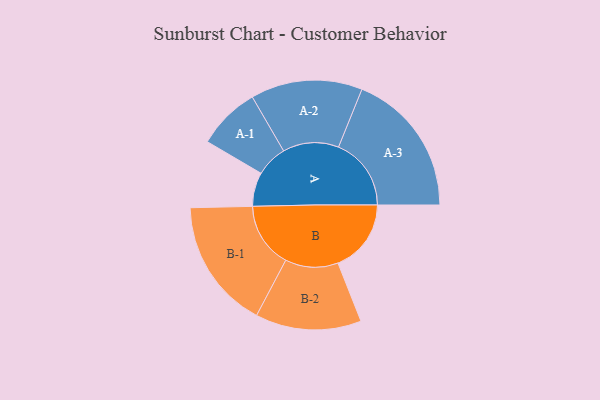
{"axis": {"x": "Segment", "y": "Value"}, "legend": ["", "A", "B"], "data": [{"x": "A", "y": 139, "type": ""}, {"x": "B", "y": 300, "type": ""}, {"x": "A-1", "y": 129, "type": "A"}, {"x": "A-2", "y": 229, "type": "A"}, {"x": "A-3", "y": 298, "type": "A"}, {"x": "B-1", "y": 267, "type": "B"}, {"x": "B-2", "y": 217, "type": "B"}]}